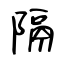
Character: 隔